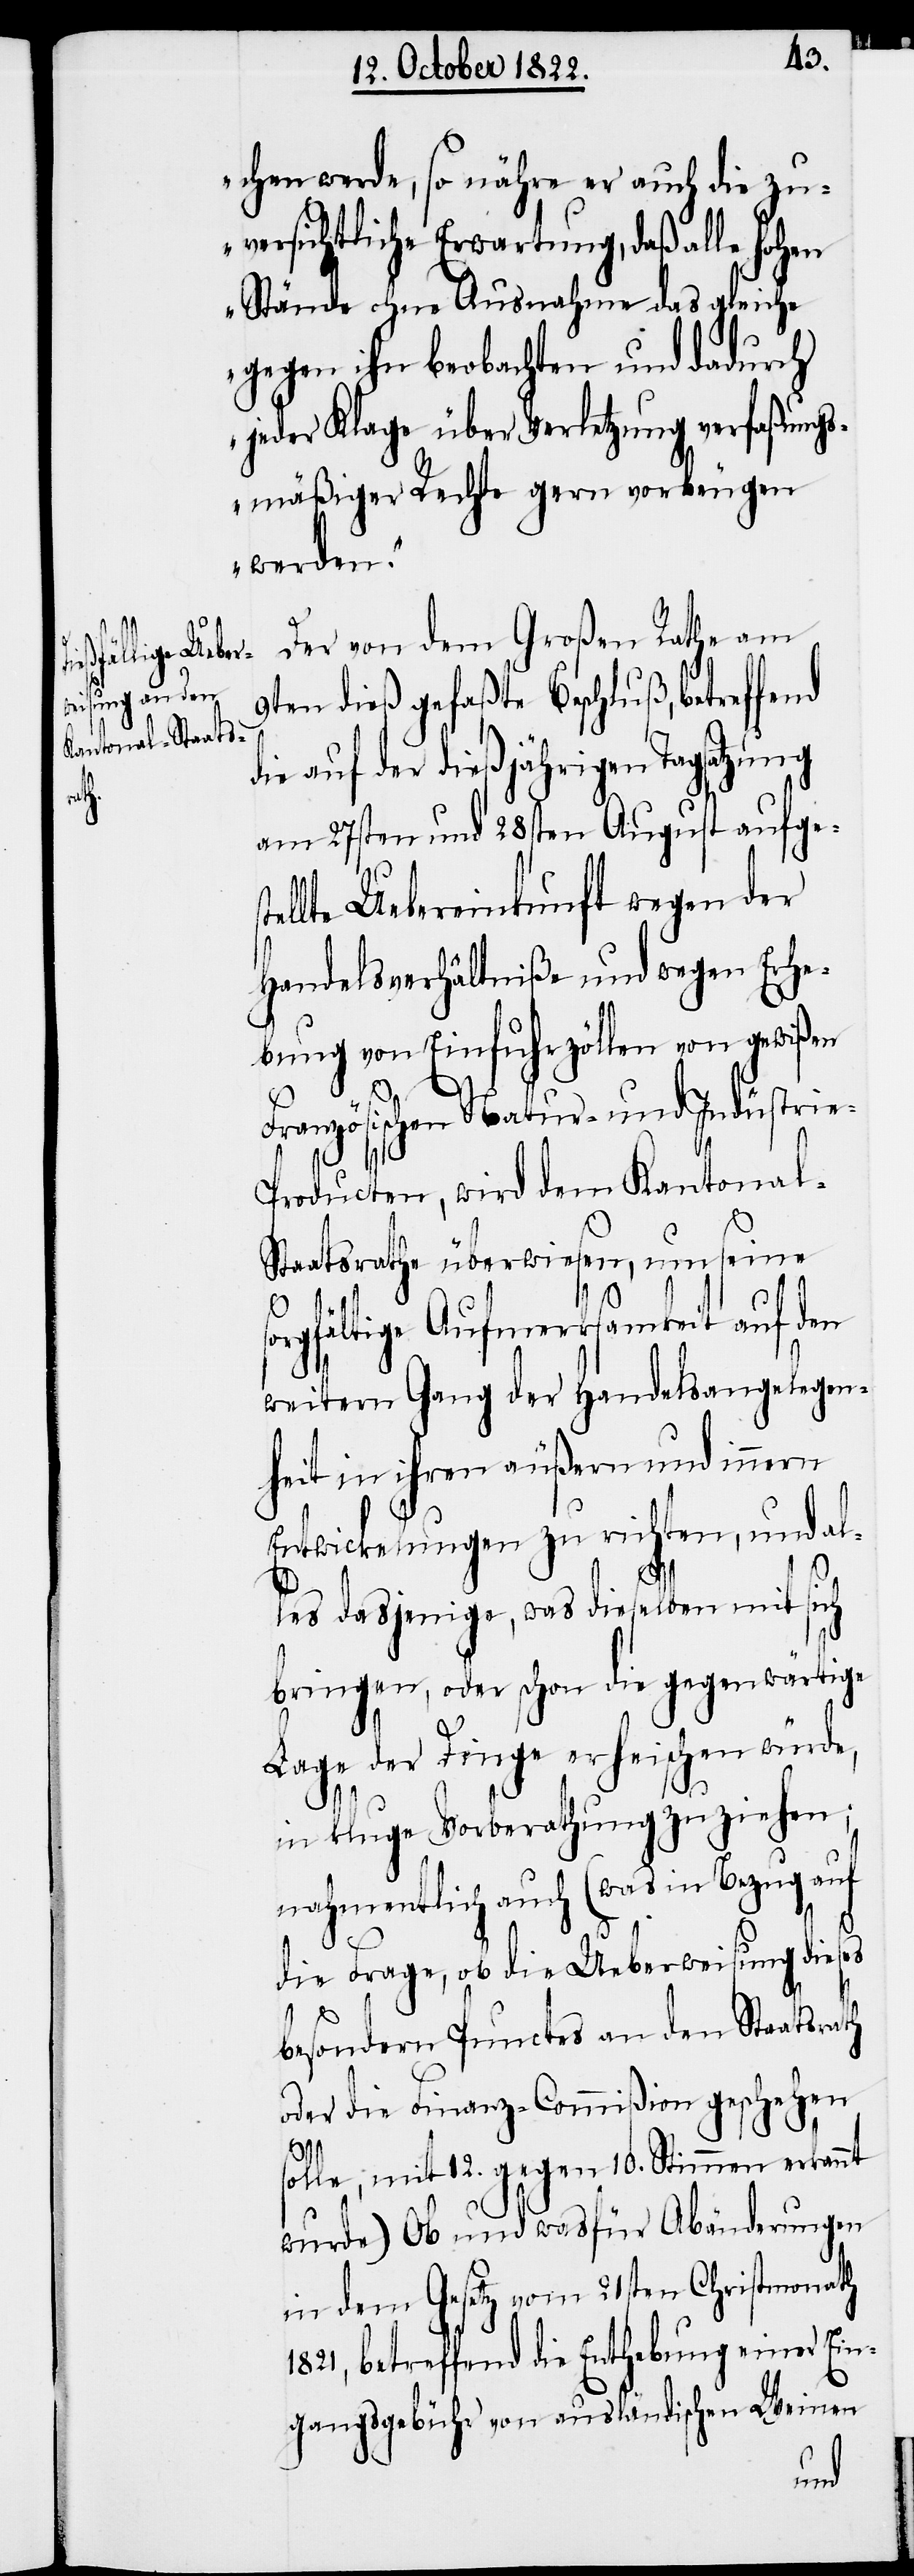
chen werde, so nähre er auch die zu¬
versichtliche Erwartung, daß alle hohen
Stände ohne Ausnahme das gleiche
gegen ihn beobachten und dadurch
jeder Klage über Verletzung verfaßungs¬
mäßiger Rechte gern vorbeugen
werden.“
Der von dem Großen Rathe am
9ten dieß gefaßte Beschluß, betreffend
ie auf der dießjährigen Tagsatzung
am 27sten und 28sten August aufge¬
ellte Uebereinkunft wegen der
Handelsverhältniße und wegen Erhe¬
bung von Einfuhrzöllen von gewißen
Französischen Natur- und Indüstrie-P¬
roducten, wird dem Kantona¬
l-Staatsrathe überwiesen, um seine
sorgfältige Aufmerksamkeit auf den
weitern Gang der Handelsangelegen¬
heit in ihren äußern und innern
Entwickelungen zu richten, und al¬
les dasjenige, was dieselben mit sich
bringen, oder schon die gegenwärtige
Lage der Dinge erheischen würde,
in kluge Vorberathung zu ziehen;
nahmentlich auch (was in Bezug auf
die Frage, ob die Ueberweisung dieses
besondern Punctes an den Staatsrath
oder die Finanz-Commißion geschehen
s¬
olle; mit 12. gegen 10. Stimmen erkannt
wurde)[:] Ob und wasfür Abänderungen
in dem Gesetz vom 21sten Christmonath
1821, betreffend die Enthebung einer Ein¬
gangsgebühr von ausländischen Weinen